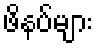
ဖိနပ်များ